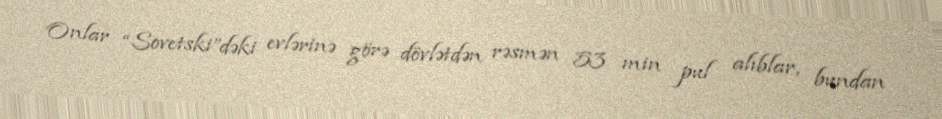
Onlar “Sovetski”dəki evlərinə görə dövlətdən rəsmən 53 min pul alıblar, bundan